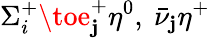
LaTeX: \Sigma_{i}^{+}\toe_{\mathbf{j}}^{+}\eta^{0},~\bar{{\nu}}_{\mathbf{j}}\eta^{+}